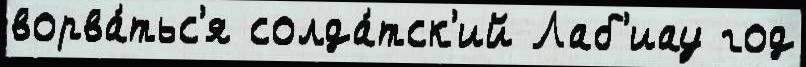
ворва́тьс'я солда́тск'ий Лаб'иау год